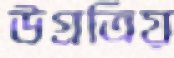
উগ্রত্রিয়